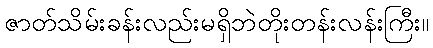
ဇာတ်သိမ်းခန်းလည်းမရှိဘဲတိုးတန်းလန်းကြီး။